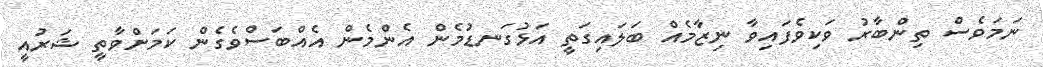
ނަމަވެސް ތިންބާރު ވަކިވެފައިވާ ނިޒާމެއް ބަލައިގަތީ އަޅުގަނޑުމެން އެންމެން އެއްބަސްވެގެން ކަމަށްވާތީ ޝަރުއީ